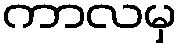
ကာလမှ